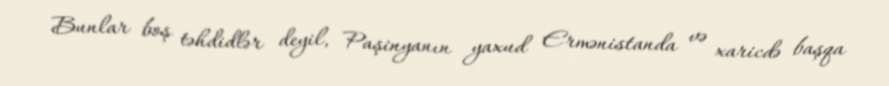
Bunlar boş təhdidlər deyil, Paşinyanın yaxud Ermənistanda və xaricdə başqa